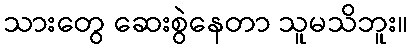
သားတွေ ဆေးစွဲနေတာ သူမသိဘူး။